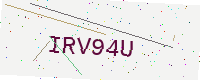
Text: IRV94U